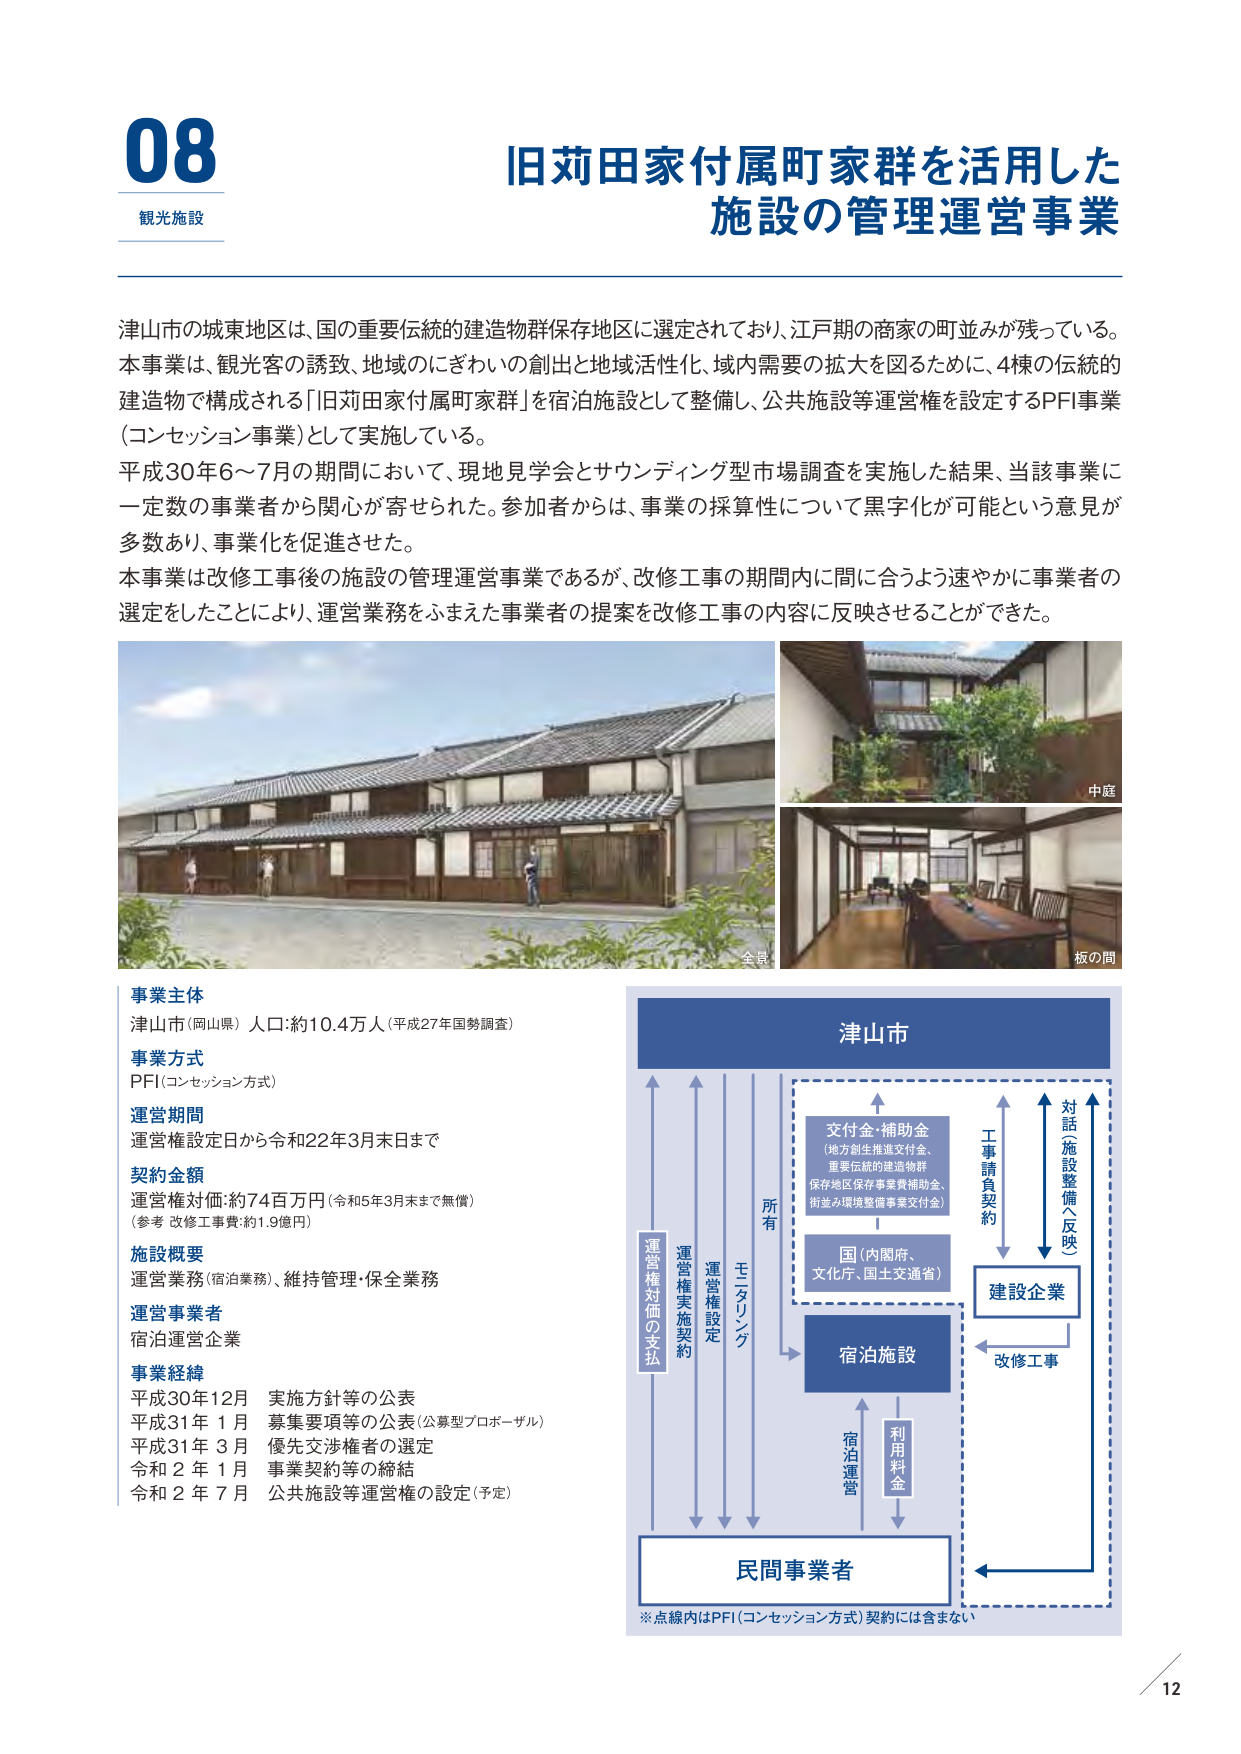
08
観光施設

旧苅田家付属町家群を活用した
施設の管理運営事業

津山市の城東地区は、国の重要伝統的建造物群保存地区に選定されており、江戸期の商家の町並みが残っている。
本事業は、観光客の誘致、地域のにぎわいの創出と地域活性化、域内需要の拡大を図るために、4棟の伝統的
建造物で構成される「旧苅田家付属町家群」を宿泊施設として整備し、公共施設等運営権を設定するPFI事業
（コンセッション事業）として実施している。
平成30年6～7月の期間において、現地見学会とサウンディング型市場調査を実施した結果、当該事業に
一定数の事業者から関心が寄せられた。参加者からは、事業の採算性について黒字化が可能という意見が
多数あり、事業化を促進させた。
本事業は改修工事後の施設の管理運営事業であるが、改修工事の期間内に間に合うよう速やかに事業者の
選定をしたことにより、運営業務をふまえた事業者の提案を改修工事の内容に反映させることができた。

全景
中庭
板の間

事業主体
津山市（岡山県） 人口：約10.4万人（平成27年国勢調査）

事業方式
PFI（コンセッション方式）

運営期間
運営権設定日から令和22年3月末日まで

契約金額
運営権対価：約74百万円（令和5年3月末まで無償）
（参考 改修工事費：約1.9億円）

施設概要
運営業務（宿泊業務）、維持管理・保全業務

運営事業者
宿泊運営企業

事業経緯
平成30年12月 実施方針等の公表
平成31年 1月 募集要項等の公表（公募型プロポーザル）
平成31年 3月 優先交渉権者の選定
令和 2年 1月 事業契約等の締結
令和 2年 7月 公共施設等運営権の設定（予定）

津山市
交付金・補助金
（地方創生推進交付金、
重要伝統的建造物群
保存地区保存事業費補助金、
街並み環境整備事業交付金）
国（内閣府、
文化庁、国土交通省）
建設企業
工事請負契約
対話（施設整備へ反映）
宿泊施設
改修工事
利用料金
宿泊運営
民間事業者
所有
モニタリング
運営権対価の支払
運営権実施契約
運営権設定
※点線内はPFI（コンセッション方式）契約には含まない

12